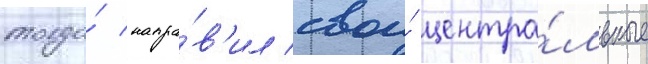
тогда́ напра́в'ил свои́ центра́льные